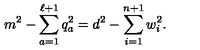
m ^ { 2 } - \sum _ { a = 1 } ^ { \ell + 1 } q _ { a } ^ { 2 } = d ^ { 2 } - \sum _ { i = 1 } ^ { n + 1 } w _ { i } ^ { 2 } .